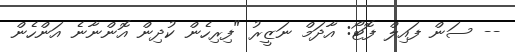
-- ސަން ފައިލް ފޮޓޯ: އާދަމް ނަޒީރު "ފިރިހެން ކުދިން އޮންނާނެ އަންހެން